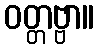
ဝတ္တဗ္ဗာ။